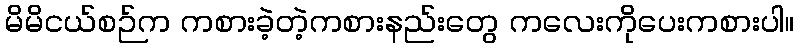
မိမိငယ်စဉ်က ကစားခဲ့တဲ့ကစားနည်းတွေ ကလေးကိုပေးကစားပါ။